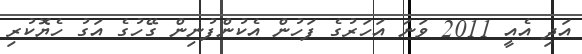
އަދި އެއީ 2011 ވަނަ އަހަރުގެ ފަހުން އެކުންފުނިން ގޭހުގެ އަގު ހެޔޮކުރި